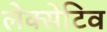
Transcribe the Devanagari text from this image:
लेक्सेटिव